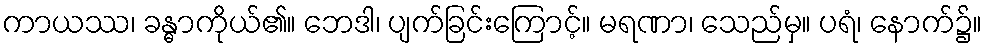
ကာယဿ၊ ခန္ဓာကိုယ်၏။ ဘေဒါ၊ ပျက်ခြင်းကြောင့်။ မရဏာ၊ သေည်မှ။ ပရံ၊ နောက်၌။